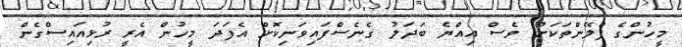
މީހުންގެ ޕްލޭންތަކަށް ވެސް އިއްޔެ ބަދަލު ގެނެސްފައިވަނިކޮށް އެފަދަ މީހުން އެރީ ރުޅިއައިސްގެން